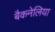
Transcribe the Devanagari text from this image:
बैकनेलिया